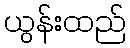
ယွန်းထည်